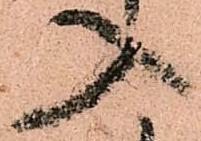
入